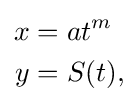
{\begin{aligned}x&=at^{m}\\y&=S(t),\end{aligned}}